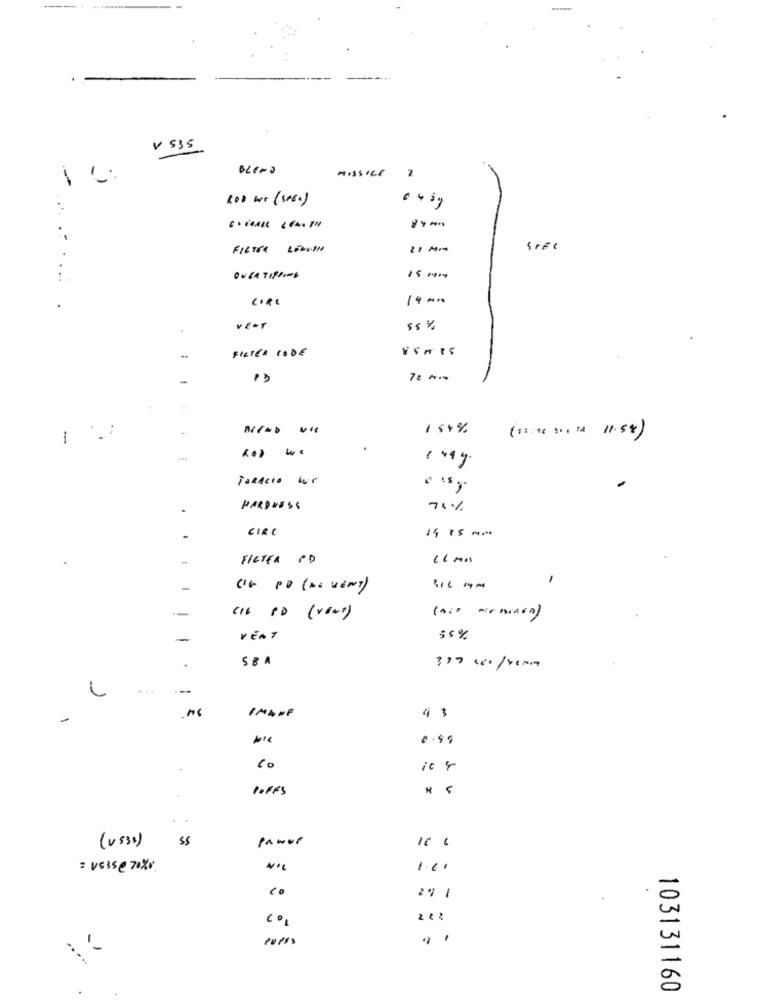
V 535
-
ROD we (SAEO)
FILTER LENGTH
SIFe
:.
CORE
14-0
.
vear
$5 %
FILTER CODE
154%
1
(12:06 311 :4 11.54)
... ...
-
TaRAcio we
PARDRESS
74%
CIRC
FILTER PD
C'V PD (NO VENT)
316 Mm
Cit PD (vent)
-
VEAT
55 %
SBA
IMANF
-
4 3
0.89
Co
POFFS
55
panor
10 6
(vs31)
= V535 @ 70xx
1.6.
".
29 1
Co,
-...
103131160